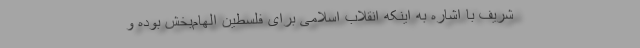
شریف با اشاره به اینکه انقلاب اسلامی برای فلسطین الهام‌بخش بوده و